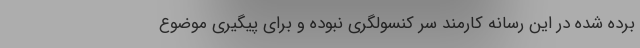
برده شده در این رسانه کارمند سر کنسولگری نبوده و برای پیگیری موضوع